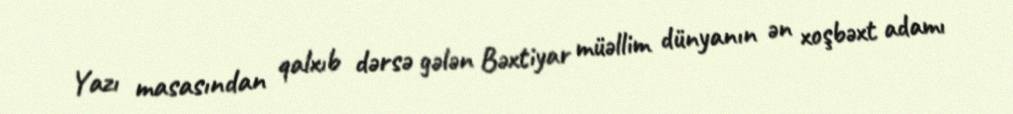
Yazı masasından qalxıb dərsə gələn Bəxtiyar müəllim dünyanın ən xoşbəxt adamı